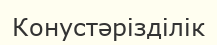
Конустәрізділік